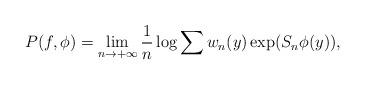
LaTeX: \begin{align*} P(f,\phi)=\lim\limits_{n\to +\infty} \frac{1}{n} \log \sum w_n(y) \exp(S_n\phi(y)),\end{align*}